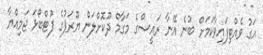
އަގު ވެއްޓިފައިވާކަމަށް ބުނެ އޭނާ ރައީސްގެ މަގާމް ދޫކޮށްލަން ޔޫރަޕުގެ ފުޓްބޯޅަ ޖަމިއްޔާ